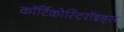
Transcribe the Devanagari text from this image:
कॉर्टिकोस्टिरॉइड्स